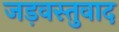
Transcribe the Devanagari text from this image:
जड़वस्तुवाद